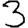
Digit: 3